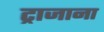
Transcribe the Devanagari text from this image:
ट्राजाना